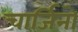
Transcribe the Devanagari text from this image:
चार्जिनो